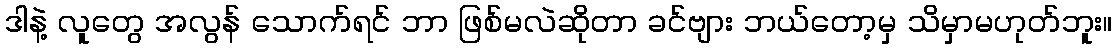
ဒါနဲ့ လူတွေ အလွန် သောက်ရင် ဘာ ဖြစ်မလဲဆိုတာ ခင်ဗျား ဘယ်တော့မှ သိမှာမဟုတ်ဘူး။